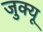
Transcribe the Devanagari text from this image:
जुक्यू